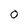
Character: 0